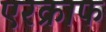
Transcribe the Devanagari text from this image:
एरक्राफ